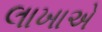
લાખાએ